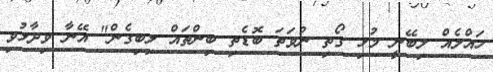
ހައްލެއް ލިބޭނީ މުޅި ގޯތި ނުވަތަ ބޮޑެތި ބިންތައް ލިބިގެން" އޭނާ ވިދާޅުވި